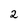
Character: 2